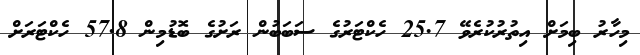
މިހާރު ބިމަށް އިތުރުކުރެވޭ 25.7 ހެކްޓަރުގެ ސަބަބުން ރަށުގެ ބޮޑުމިން 57.8 ހެކްޓަރަށް